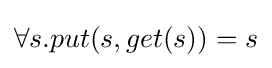
\forall s.put(s,get(s))=s